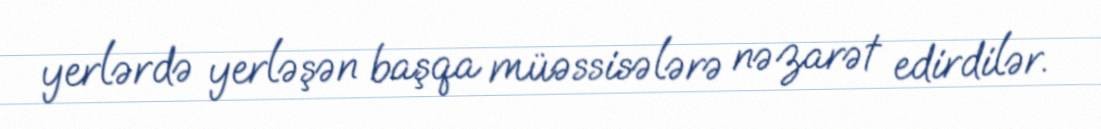
yerlərdə yerləşən başqa müəssisələrə nəzarət edirdilər.